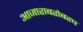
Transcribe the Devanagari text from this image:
आजाराबरोबरच